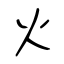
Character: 火